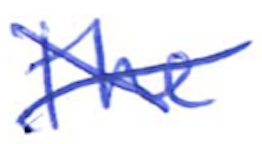
Text: the
Cross-out: cross
Writing tool: ballpoint